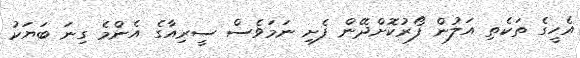
އެހީގެ ތަކެތި އަލުން ފޯރުކޮށްދޭން ފެށި ނަަމަވެސް ސީރިއާގެ އެންމެ ގިނަ ބަޔަކު